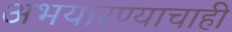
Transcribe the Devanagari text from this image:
अभयारण्याचाही